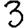
Digit: 3